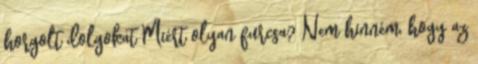
horgolt dolgokat Miért olyan furcsa? Nem hinném, hogy az